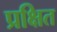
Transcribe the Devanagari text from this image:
प्रक्षित